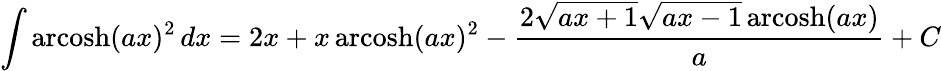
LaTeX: \int\operatorname{arcosh}(ax)^{2}\, dx=2x+x\operatorname{arcosh}(ax)^{2}-{\frac{2{\sqrt{ax+1}}{\sqrt{ax-1}}\operatorname{arcosh}(ax)}{a}}+C